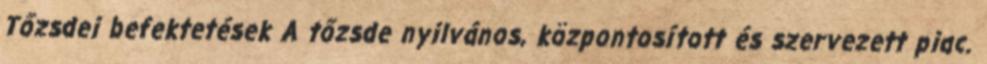
Tőzsdei befektetések A tőzsde nyilvános, központosított és szervezett piac.